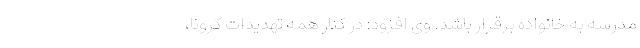
مدرسه به خانواده برقرار باشد. وی افزود: در کنار همه تهدیدات کرونا،